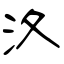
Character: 汷